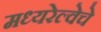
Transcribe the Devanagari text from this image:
मध्यरेल्वेचे